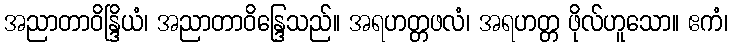
အညာတာဝိန္ဒြိယံ၊ အညာတာဝိန္ဒြေသည်။ အရဟတ္တဖလံ၊ အရဟတ္တ ဖိုလ်ဟူသော။ ဧကံ၊